Indian journal of veterinary science and animal husbandry - Volumes 15-17, 1948-1951
Year: 1948
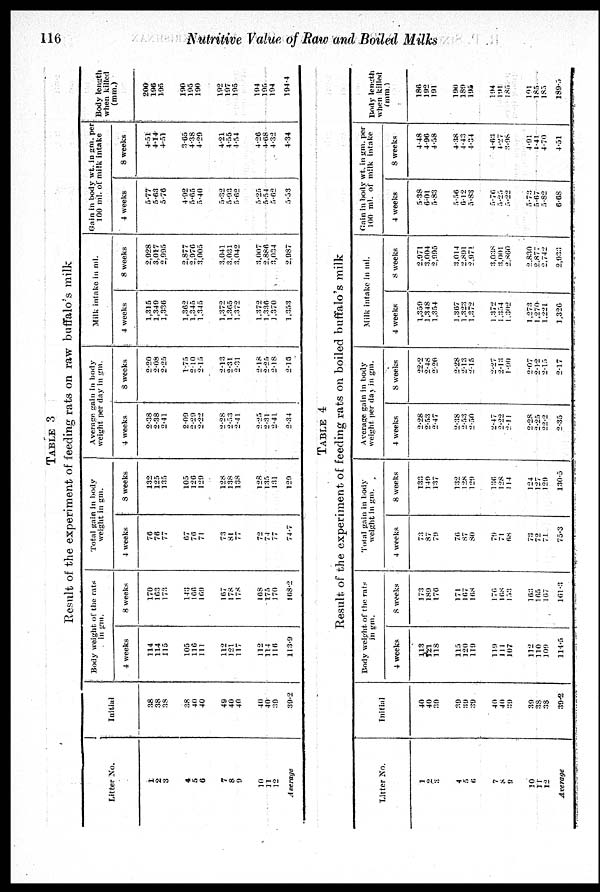
116
Nutritive Value of Raw and Boiled Milks
TABLE 3
Result of the experiment of feeding rats on raw buffalo's milk
Litter No.
1
2
3
4
5
6
7
8
9
10
11
12
Average
Initial
38
38
38
38
40
40
49
40
40
40
40
39
39.2
Body weight of the rats
in gm.
4 weeks
114
114
115
105
116
111
112
121
117
112
114
116
113.9
8 weeks
170
163
173
143
166
169
167
178
178
168
175
170
168.2
Total gain in body
weight in gm.
4 weeks
76
76
77
67
76
71
73
81
77
72
74
77
74.7
8 weeks
132
125
135
105
126
129
128
138
138
128
135
131
129
Average gain in body
weight per day in gm.
4 weeks
2.38
2.38
2.41
2.09
2.29
2.22
2.28
2.53
2.41
2.25
2.31
2.41
2.34
8 weeks
2.20
2.08
2.25
1.75
210
2.15
2.13
2.31
2.31
2.18
2.25
2.18
2.16
Milk intake in ml.
4 weeks
1,315
1,349
1,336
1,362
1,345
1,345
1,372
1,365
1,372
1,372
1,336
1,370
1,353
8 weeks
2,928
3.017
2,995
2,877
2,976
3,005
3,041
3.031
3.042
3.007
2,886
3,034
2,987
Gain in body wt. in gm. per
100 ml. of milk intake
4 weeks
5.77
5.63
5.76
4.92
5.65
5.40
5.32
5.93
5.62
5.25
5.54
5.62
5.53
8 weeks
4.51
4.14
4.51
3.65
4.38
4.29
4.21
4.55
4.54
4.26
4.68
4.32
4.34
Body length
when killed
(mm.)
200
196
195
190
195
190
192
197
195
194
195
194
194.4
TABLE 4
Result of the experiment of feeding rats on boiled buffalo's milk
Litter No.
1
2
3
4
5
6
7
8
9
10
11
12
Average
Initial
40
40
39
39
39
39
40
40
39
39
38
38
39.2
Body weight of the rats
in gm.
4 weeks
113
121
118
115
120
119
119
111
107
112
110
109
114.5
8 weeks
173
189
176
171
167
168
176
168
153
163
165
167
161.3
Total gain in body
weight in gm.
4 weeks
73
87
79
76
87
80
79
71
68
73
72
71
75.3
8 weeks
133
149
137
132
128
129
136
128
114
124
127
129
130.5
Average gain in body
weight per day in gm.
4 weeks
2.28
2.53
2.47
2.38
2.53
2.50
2.47
2.22
2.11
2.28
2.25
22.2
2.35
8 weeks
22.2
2.48
2.20
2.28
2.13
2.15
2.27
2.13
1.90
2.07
2.12
2.15
2.17
Milk intake in ml.
4 weeks
1,359
1,348
1,354
1,367
1,323
1,372
1,372
1,354
1,302
1,273
1,270
1,221
1,326
8 weeks
2,971
3,004
2,995
3,014
2,891
2,971
3,038
3,001
2,860
2,830
2,877
2,742
2,933
Gain in body wt. in gm. per
100 ml. of milk intake
4 weeks
5.38
6.01
5.83
5.56
6.12
5.83
5.76
5.25
5.22
5.73
5.67
5.82
6.68
8 weeks
4.48
4.96
4.58
4.38
4.43
4.34
4.63
4.27
3.98
4.91
4.41
4.70
4.51
Body length
when killed
(mm.)
186
192
191
190
189
195
194
191
185
191
185
185
189.5